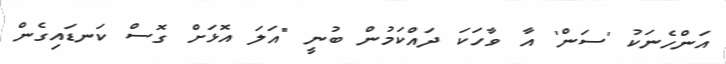
އަންހެނަކު 'ސަން' އާ ވާހަކަ ދައްކަމުން ބުނީ "އަލަ އޮޅަށް ގޮސް ކަނޑައިގެން